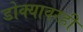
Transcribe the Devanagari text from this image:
डोक्यावरही